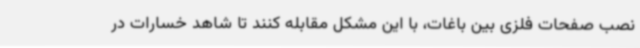
نصب صفحات فلزی بین باغات، با این مشکل مقابله کنند تا شاهد خسارات در